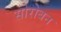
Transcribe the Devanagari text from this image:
सोरोबन